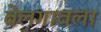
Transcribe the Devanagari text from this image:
बेलगावला